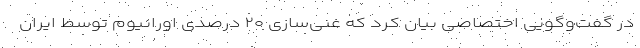
در گفت‌وگویی اختصاصی بیان کرد که غنی‌سازی ۲۰ درصدی اورانیوم توسط ایران